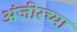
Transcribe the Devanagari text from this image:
अंजीरच्या